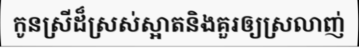
កូនស្រីដ៏ស្រស់ស្អាតនិងគួរឲ្យស្រលាញ់